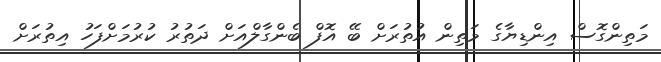
މަތިންގޮސް އިންޑިޔާގެ މަތިން އުތުރަށް ބޭ އޮފް ބެންގާލްއަށް ދަތުރު ކުރުމަށްފަހު އިތުރަށް